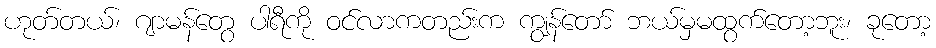
ဟုတ်တယ်၊ ဂျာမန်တွေ ပါရီကို ဝင်လာကတည်းက ကျွန်တော် ဘယ်မှမထွက်တော့ဘူး၊ ခုတော့